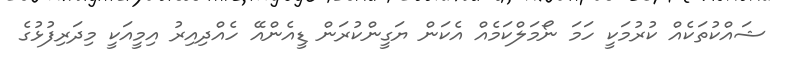
ޝައްކުތަކެއް ކުރުމަކީ ހަމަ ނޯމަލްކަމެއް އެކަން ޔަގީންކުރަން ޑީއެންއޭ ހެއްދިއިރު އިމީއަކީ މިދަރިފުޅުގެ